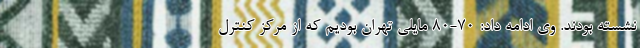
نشسته بودند. وی ادامه داد: ۷۰-۸۰ مایلی تهران بودیم که از مرکز کنترل